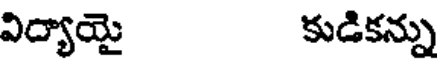
విద్యాయై కుడికన్ను